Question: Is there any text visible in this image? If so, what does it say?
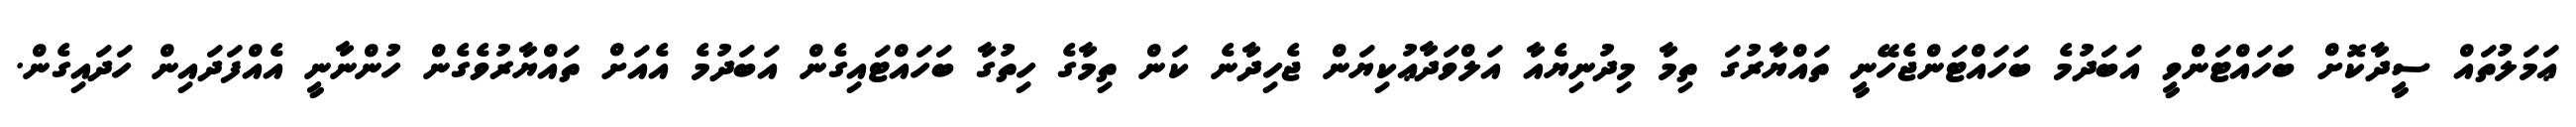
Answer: ޢަމަލުތައް ސީދާކޮށް ބަހައްޓަންވީ އަބަދުމެ ބަހައްޓަންޖެހޭނީ ތައްޔާރުގަ ތިމާ މިދުނިޔެއާ އަލްވަދާޢުކިޔަން ޖެހިދާނެ ކަން ތިމާގެ ހިތުގާ ބަހައްޓައިގެން އަބަދުމެ އެއަށް ތައްޔާރުވެގެން ހުންނާނީ އެއްފަދައިން ހަދައިގެން.